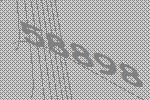
58898